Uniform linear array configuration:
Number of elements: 24
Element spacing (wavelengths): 0.75
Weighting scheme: exponential
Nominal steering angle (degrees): -60
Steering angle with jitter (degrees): -59.132
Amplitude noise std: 0.05
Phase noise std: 0.05

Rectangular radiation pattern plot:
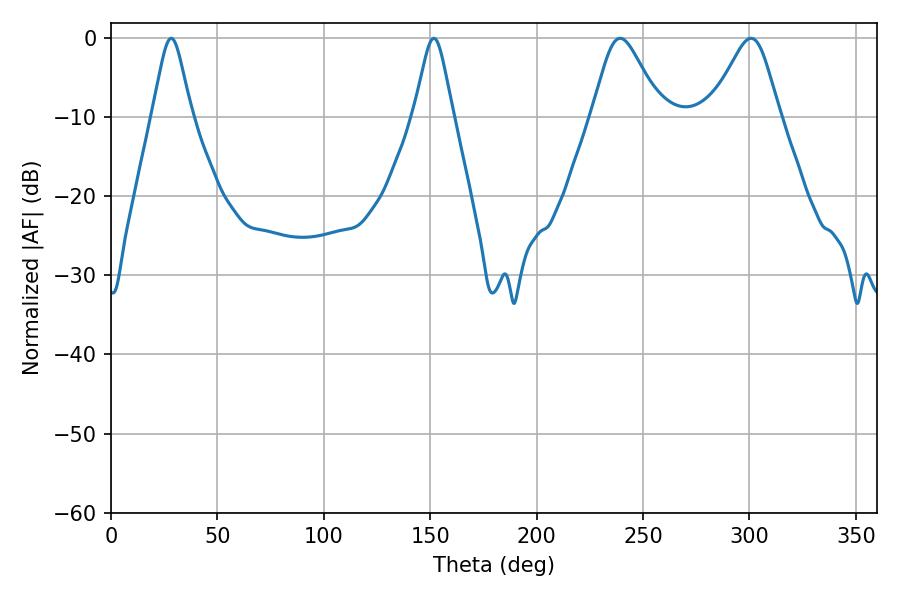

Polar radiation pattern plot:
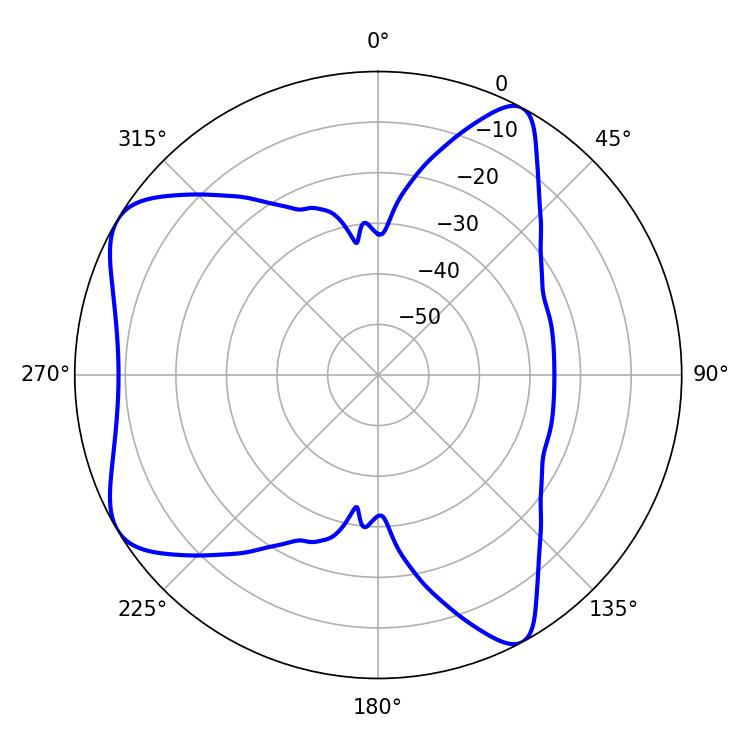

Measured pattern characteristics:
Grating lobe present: TRUE
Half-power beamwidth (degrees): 15.66
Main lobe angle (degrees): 239.22